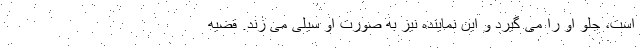
است، جلو او را می گیرد و این نماینده نیز به صورت او سیلی می زند. قضیه